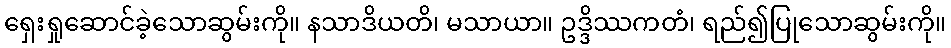
ရှေးရှုဆောင်ခဲ့သောဆွမ်းကို။ နသာဒိယတိ၊ မသာယာ။ ဥဒ္ဒိဿကတံ၊ ရည်၍ပြုသောဆွမ်းကို။